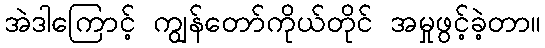
အဲဒါကြောင့် ကျွန်တော်ကိုယ်တိုင် အမှုဖွင့်ခဲ့တာ။